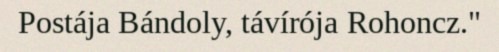
Postája Bándoly, távírója Rohoncz."